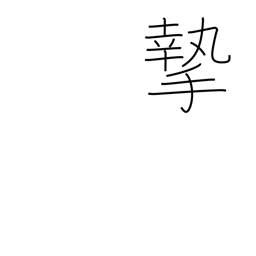
Meaning: seriousness